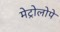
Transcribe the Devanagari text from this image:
मेट्रोलोपे